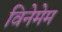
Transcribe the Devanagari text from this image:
विनेमेम